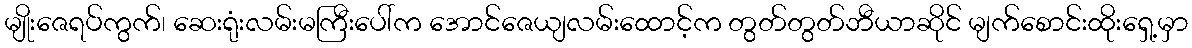
မျိုးဇေရပ်ကွက်၊ ဆေးရုံးလမ်းမကြီးပေါ်က အောင်ဇေယျလမ်းထောင့်က တွတ်တွတ်ဘီယာဆိုင် မျက်စောင်းထိုးရှေ့မှာ